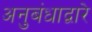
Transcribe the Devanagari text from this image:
अनुबंधाद्वारे